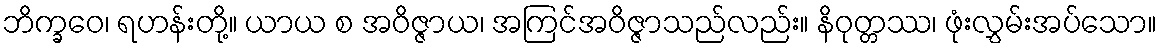
ဘိက္ခဝေ၊ ရဟန်းတို့။ ယာယ စ အဝိဇ္ဇာယ၊ အကြင်အဝိဇ္ဇာသည်လည်း။ နိဝုတ္တဿ၊ ဖုံးလွှမ်းအပ်သော။